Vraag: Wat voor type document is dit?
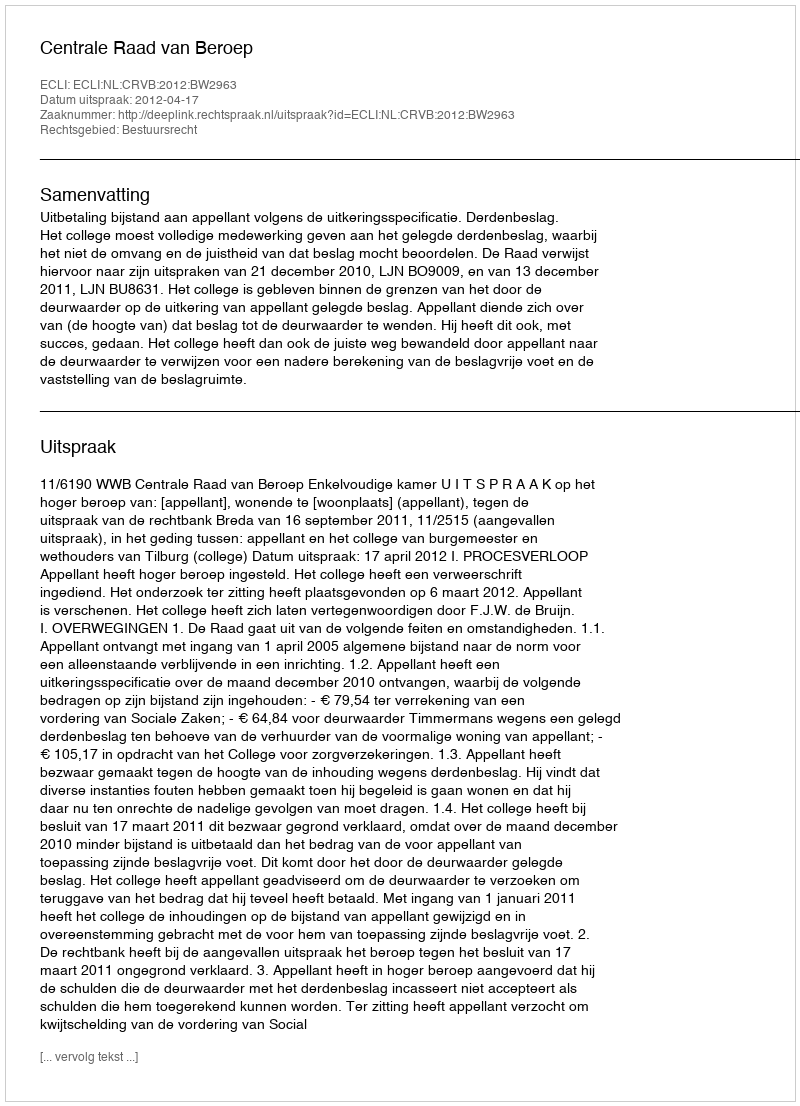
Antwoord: Uitspraak